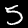
Digit: 5